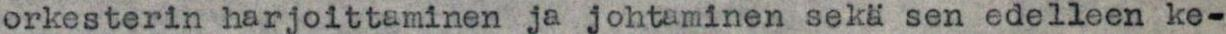
orkesterin harjoittaminen ja johtaminen sekä sen edelleen ke-